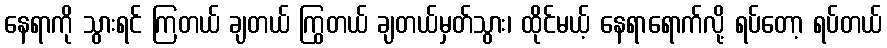
နေရာကို သွားရင် ကြတယ် ချတယ် ကြွတယ် ချတယ်မှတ်သွား၊ ထိုင်မယ့် နေရာရောက်လို့ ရပ်တော့ ရပ်တယ်